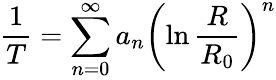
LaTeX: {\frac{1}{T}}=\sum_{n=0}^{\infty}a_{n}\left(\ln{\frac{R}{R_{0}}}\right)^{n}